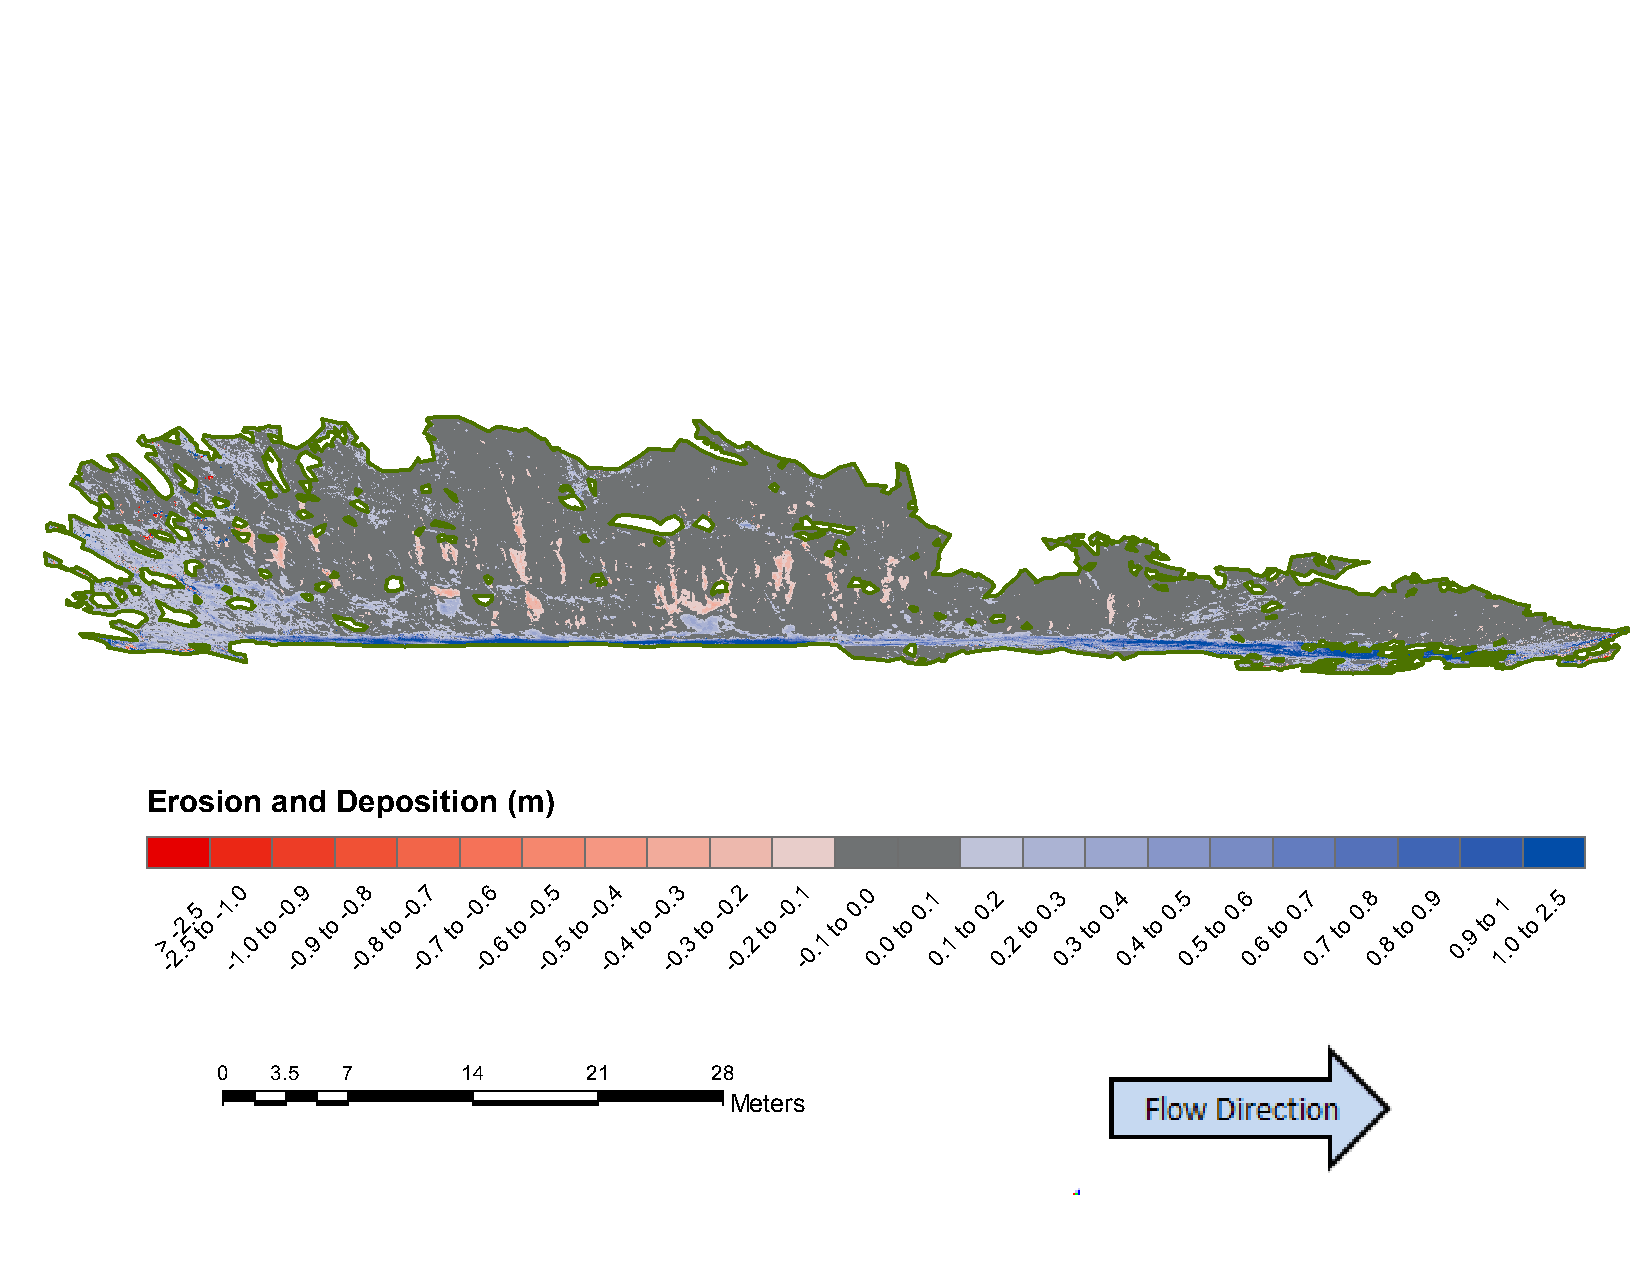
BSWCD:          April    2015     to  November           2015
 Erosion and Deposition  (m)
 >
 -
 -
 2.2.
 5
 5
 t
 o
 -1 -. 10
 .0
 to
 -0 -. 09
 .9
 to
 -0 -. 08
 .8
 to
 -0 -. 07
 .7
 to
 -0 -. 06
 .6
 to
 -0 -. 05
 .5
 to
 -0 -. 04
 .4
 to
 -0 -. 03
 .3
 to
 -0 -. 02
 .2
 to
 -0. -1
 0.1
 to
 0. 0
 0.
 0
 to
 0.1
 0
 .1
 to
 0.2
 0
 .2
 to
 0.3
 0
 .3
 to
 0.4
 0.
 4
 to
 0.5
 0.
 5
 to
 0.6
 0.
 6
 to
 0.7
 0.
 7
 to
 0.8
 0.
 8
 to
 0.9
 0. 9
 to
 11
 .0
 to
 2.5
 0   3.5  7       14      21      28
 Meters